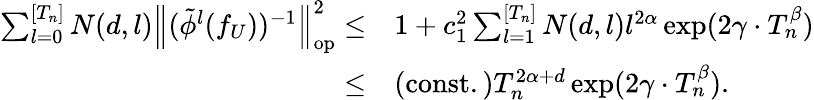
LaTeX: \begin{array}{rl}{\sum_{l=0}^{[T_{n}]}N(d,l)\left\| (\tilde{\phi}^{l}(f_{U}))^{-1}\right\| _{\mathrm{op}}^{2}\leq}&{1+c_{1}^{2}\sum_{l=1}^{[T_{n}]}N(d,l)l^{2\alpha}\exp(2\gamma\cdot T_{n}^{\beta})}\\ {\leq}&{\mathrm{(const.)}T_{n}^{2\alpha+d}\exp(2\gamma\cdot T_{n}^{\beta}).}\end{array}